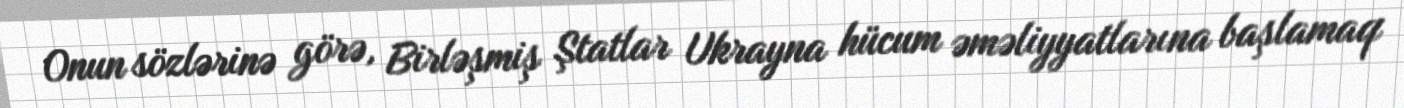
Onun sözlərinə görə, Birləşmiş Ştatlar Ukrayna hücum əməliyyatlarına başlamaq